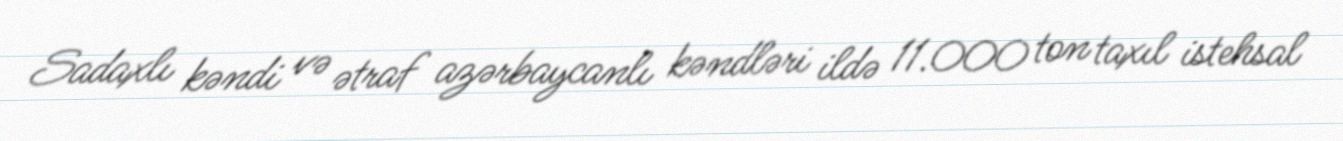
Sadaxlı kəndi və ətraf azərbaycanlı kəndləri ildə 11.000 ton taxıl istehsal